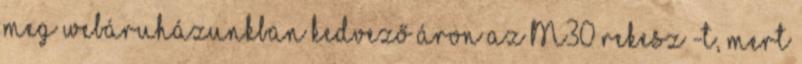
meg webáruházunkban kedvező áron az M30 rekesz -t, mert